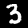
Digit: 3